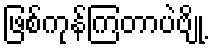
ဖြစ်ကုန်ကြတာပဲဗျို့